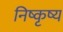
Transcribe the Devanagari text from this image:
निष्कृष्य